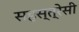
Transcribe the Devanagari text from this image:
सहस्त्रेसी